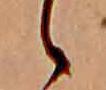
ゝ